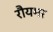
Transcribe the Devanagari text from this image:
रौयमर